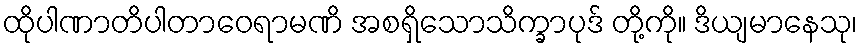
ထိုပါဏာတိပါတာဝေရာမဏိ အစရှိသောသိက္ခာပုဒ် တို့ကို။ ဒိယျမာနေသု၊